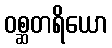
ဝစ္ဆတရိယော